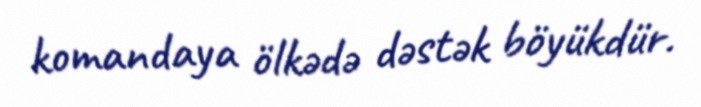
komandaya ölkədə dəstək böyükdür.